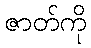
ဇာတ်ကို